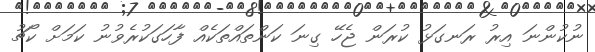
ނުކުންނަ އިރު ރަނގަޅު ކުރަން ޖެހޭ ގިނަ ކަންތައްތަކެއް ފާހަގަކުރެވުނު ކަމަށް ކޯޗު